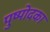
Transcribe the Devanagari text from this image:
पुष्पोदका